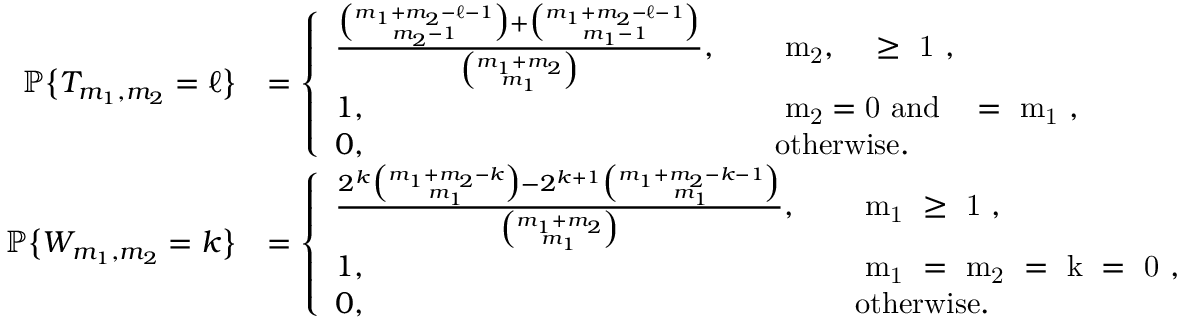
\begin{array} { r l } { { \mathbb { P } } \big \{ T _ { m _ { 1 } , m _ { 2 } } = \ell \big \} } & { = \left\{ \begin{array} { l l } { \frac { \binom { m _ { 1 } + m _ { 2 } - \ell - 1 } { m _ { 2 } - 1 } + \binom { m _ { 1 } + m _ { 2 } - \ell - 1 } { m _ { 1 } - 1 } } { \binom { m _ { 1 } + m _ { 2 } } { m _ { 1 } } } , } & { \quad \mathrm { ~ m _ { 2 } , ~ \ell ~ \ge ~ 1 ~ } , } \\ { 1 , } & { \quad \mathrm { ~ m _ { 2 } = 0 ~ a n d ~ \ell ~ = ~ m _ { 1 } ~ } , } \\ { 0 , } & { \quad \mathrm { o t h e r w i s e } . } \end{array} \right. } \\ { { \mathbb { P } } \big \{ W _ { m _ { 1 } , m _ { 2 } } = k \big \} } & { = \left\{ \begin{array} { l l } { \frac { 2 ^ { k } \binom { m _ { 1 } + m _ { 2 } - k } { m _ { 1 } } - 2 ^ { k + 1 } \binom { m _ { 1 } + m _ { 2 } - k - 1 } { m _ { 1 } } } { \binom { m _ { 1 } + m _ { 2 } } { m _ { 1 } } } , } & { \quad \mathrm { ~ m _ { 1 } ~ \ge ~ 1 ~ } , } \\ { 1 , } & { \quad \mathrm { ~ m _ { 1 } ~ = ~ m _ { 2 } ~ = ~ k ~ = ~ 0 ~ } , } \\ { 0 , } & { \quad \mathrm { o t h e r w i s e } . } \end{array} \right. } \end{array}